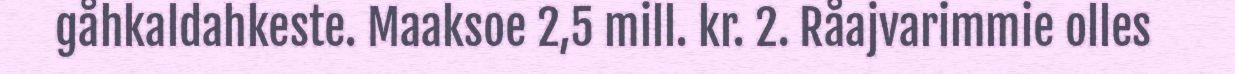
gåhkaldahkeste. Maaksoe 2,5 mill. kr. 2. Råajvarimmie olles